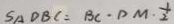
S _ { A D B C } = B C \cdot D M \cdot \frac { 1 } { 2 }